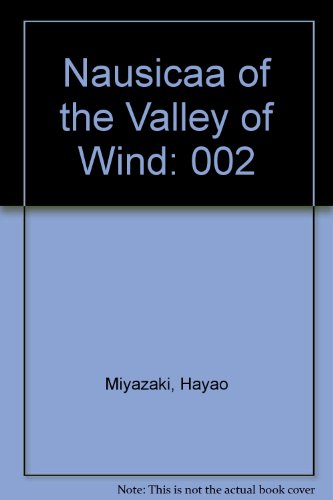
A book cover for Nausicaa of the Valley of the Wind, Vol. 2; Hayao Miyazaki; Comics & Graphic Novels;